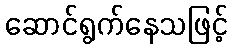
ဆောင်ရွက်နေသဖြင့်